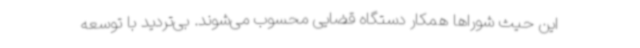
این حیث شوراها همکار دستگاه قضایی محسوب می‌شوند. بی‌تردید با توسعه